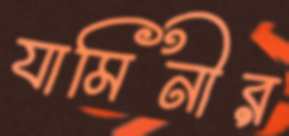
যামিনীর